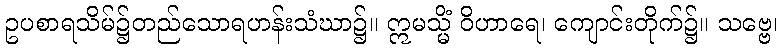
ဥပစာရသိမ်၌တည်သောရဟန်းသံဃာ၌။ ဣမသ္မိံ ဝိဟာရေ၊ ကျောင်းတိုက်၌။ သဗ္ဗေ၊